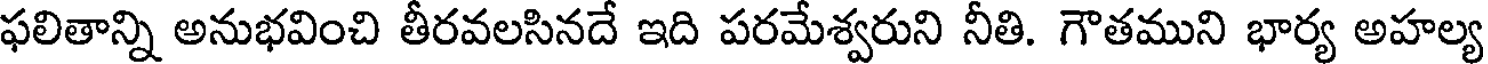
ఫలితాన్ని అనుభవించి తీరవలసినదే ఇది పరమేశ్వరుని నీతి. గౌతముని భార్య అహల్య